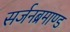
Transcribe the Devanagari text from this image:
सर्जनब्रमाण्ड